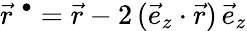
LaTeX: \vec{r}^{\; \bullet}=\vec{r}-2\, (\vec{e}_{z}\cdot\vec{r})\, \vec{e}_{z}